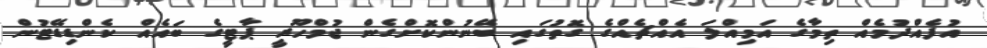
އުފެއްދުމެއް ތިމާގެ އަމިއްލަ އެއްޗެއްގެ ގޮތުގައި ބޭނުންކޮށްގެން ޖުމްހޫރީ ޕާޓީގެ ބައެއް ކެންޑިޑޭޓުން